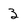
Character: 3